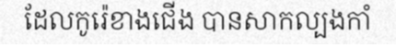
ដែលកូរ៉េខាងជើង បានសាកល្បងកាំ